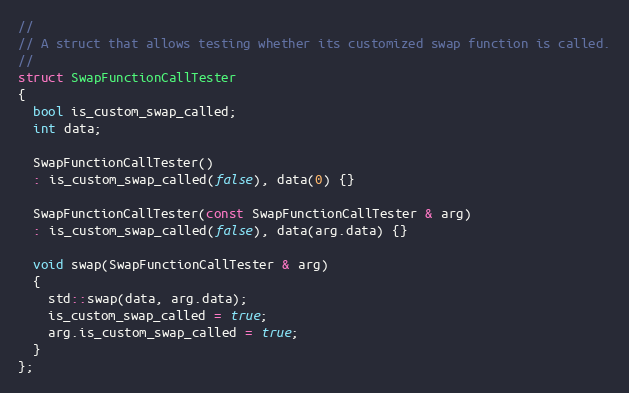
Language: C++
//
// A struct that allows testing whether its customized swap function is called.
//
struct SwapFunctionCallTester
{
  bool is_custom_swap_called;
  int data;

  SwapFunctionCallTester()
  : is_custom_swap_called(false), data(0) {}

  SwapFunctionCallTester(const SwapFunctionCallTester & arg)
  : is_custom_swap_called(false), data(arg.data) {}

  void swap(SwapFunctionCallTester & arg)
  {
    std::swap(data, arg.data);
    is_custom_swap_called = true;
    arg.is_custom_swap_called = true;
  }
};